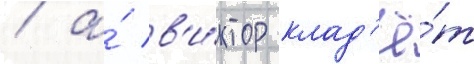
/ а́ в'и́ктор клад'ё́т